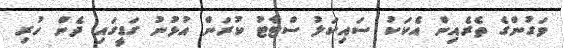
ވަގުންގެ ތެރެއިން އެކަކު ސައިކަލު ސްޓާޓު ކުރަން އުޅުނު ގަޑީގައި ދެން ހުރި